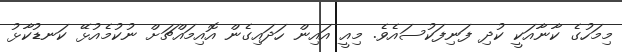
މިމަހުގެ ކާނާއަކީ ކުދި ފަނިފަކުސައެވެ. މިއީ އައިން ހަދައިގެން އޮއިމައްޗަށް ނުކުމެއުޅޭ ކަނޑުކާޅު